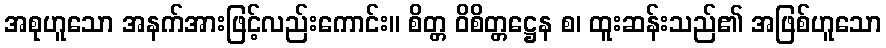
အစုဟူသော အနက်အားဖြင့်လည်းကောင်း။ စိတ္တ ဝိစိတ္တဋ္ဌေန စ၊ ထူးဆန်းသည်၏ အဖြစ်ဟူသော